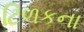
ટિળકના